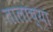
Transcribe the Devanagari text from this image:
तालांच्या